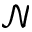
\mathcal { N }